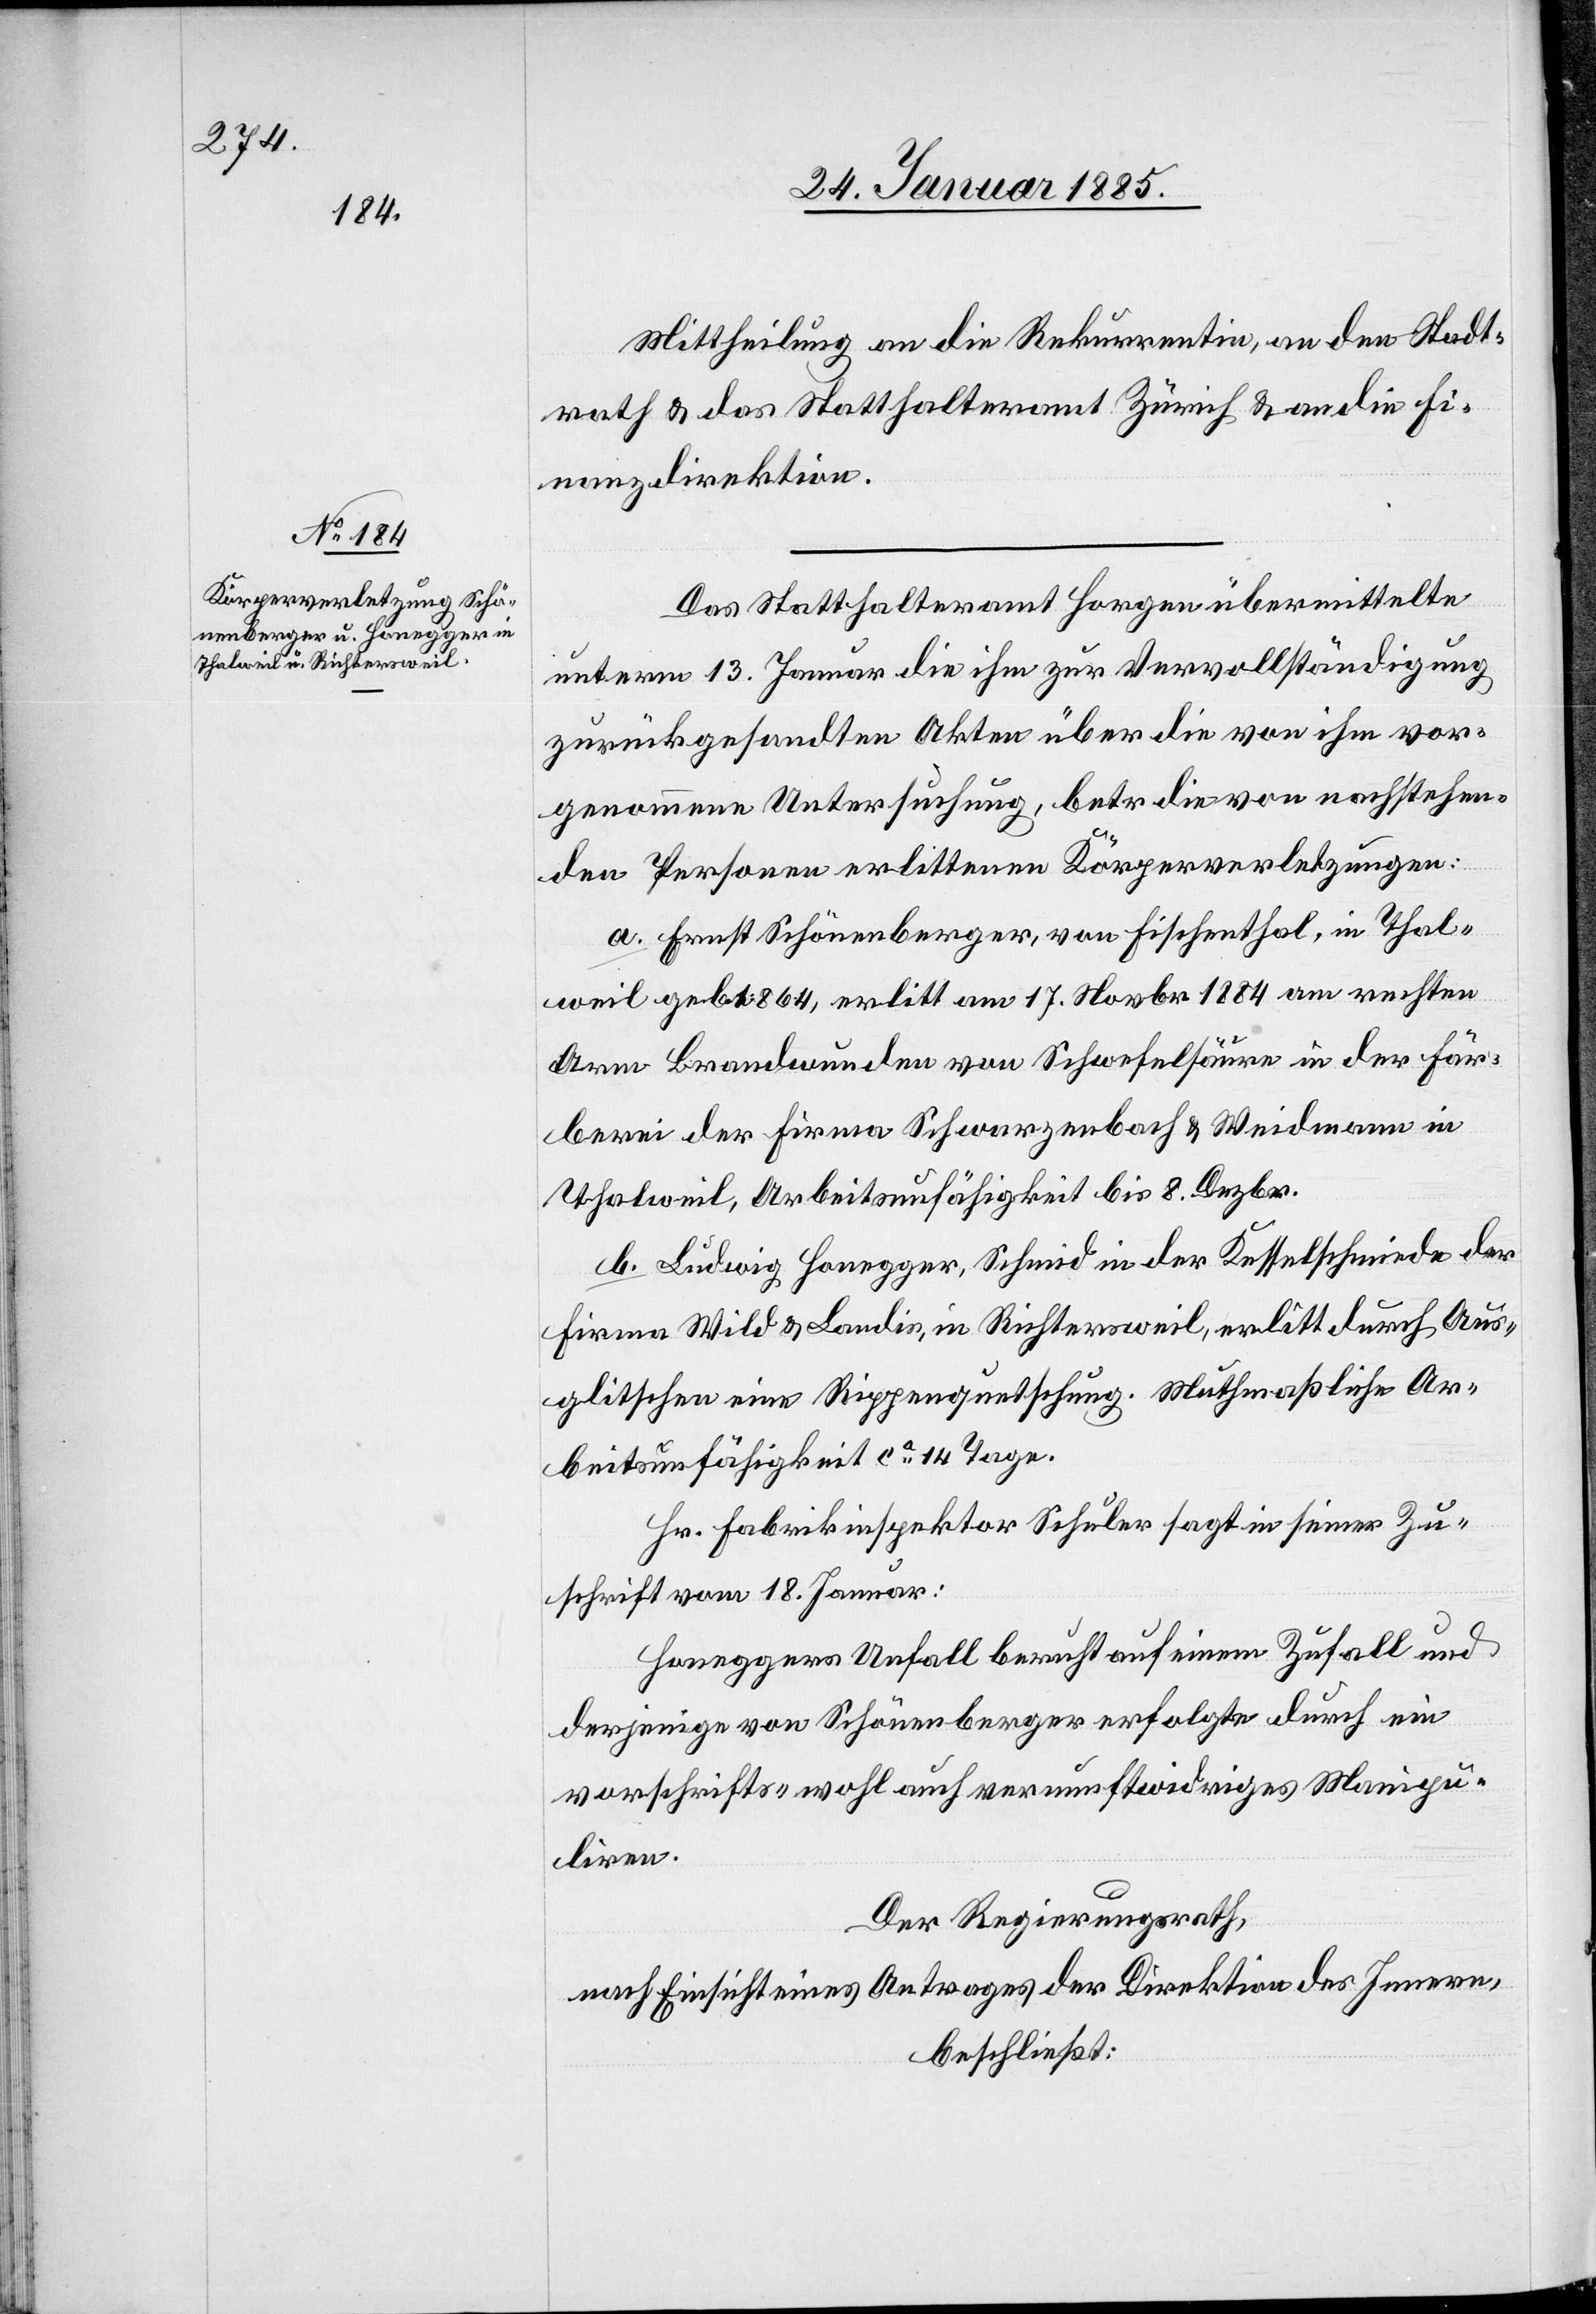
Mittheilung an die Rekurrentin, an den Stadt¬
rath & das Statthalteramt Zürich & an die Fi¬
nanzdirektion.
Das Statthalteramt Horgen übermittelte
unterm 13. Januar die ihm zur Vervollständigung
zurückgesandten Akten über die von ihm vor¬
genommene Untersuchung, betr. die von nachstehen¬
den Personen erlittenen Körperverletzungen:
a. Ernst Schönenberger, von Fischenthal, in Thal¬
weil geb. 1864, erlitt am 17. Novbr. 1884 am rechten
Arm Brandwunden von Schwefelsäure in der Fär¬
berei der Firma Schwarzenbach & Weidmann in
Thalweil, Arbeitsunfähigkeit bis 8. Dezbr.
b. Ludwig Honegger, Schmid in der Kesselschmiede der
Firma Wild & Landis, in Richtersweil, erlitt durch Aus¬
glitschen eine Rippenquetschung. Muthmaßliche Ar¬
beitsunfähigkeit ca 14 Tage.
Hr. Fabrikinspektor Schuler sagt in seiner Zu¬
schrift vom 18. Januar:
Honeggers Unfall beruht auf einem Zufall und
derjenige von Schönenberger erfolgte durch ein
vorschrifts- wohl auch vernunftwidriges Manipu¬
liren.
Der Regierungsrath,
nach Einsicht eines Antrages der Direktion des Innern,
beschließt: